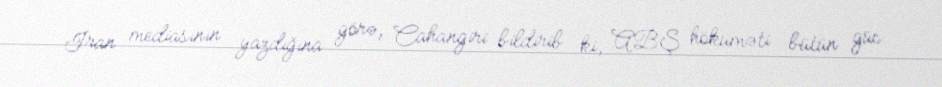
İran mediasının yazdığına görə, Cahangiri bildirib ki, ABŞ hökuməti bütün güc